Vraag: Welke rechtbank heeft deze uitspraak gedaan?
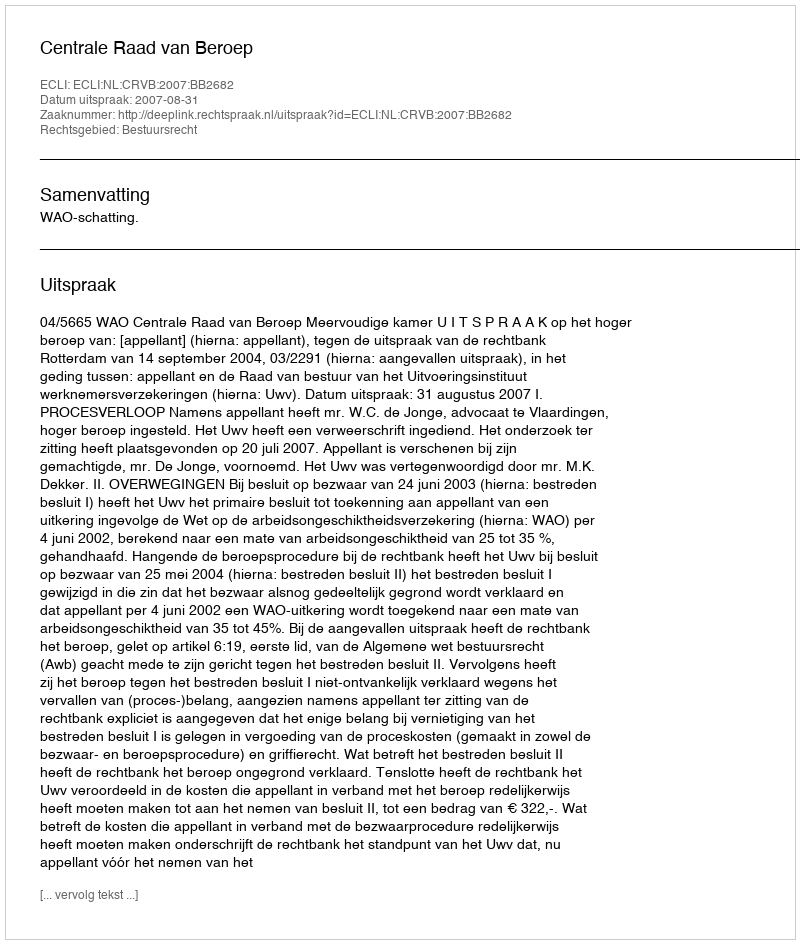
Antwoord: Centrale Raad van Beroep